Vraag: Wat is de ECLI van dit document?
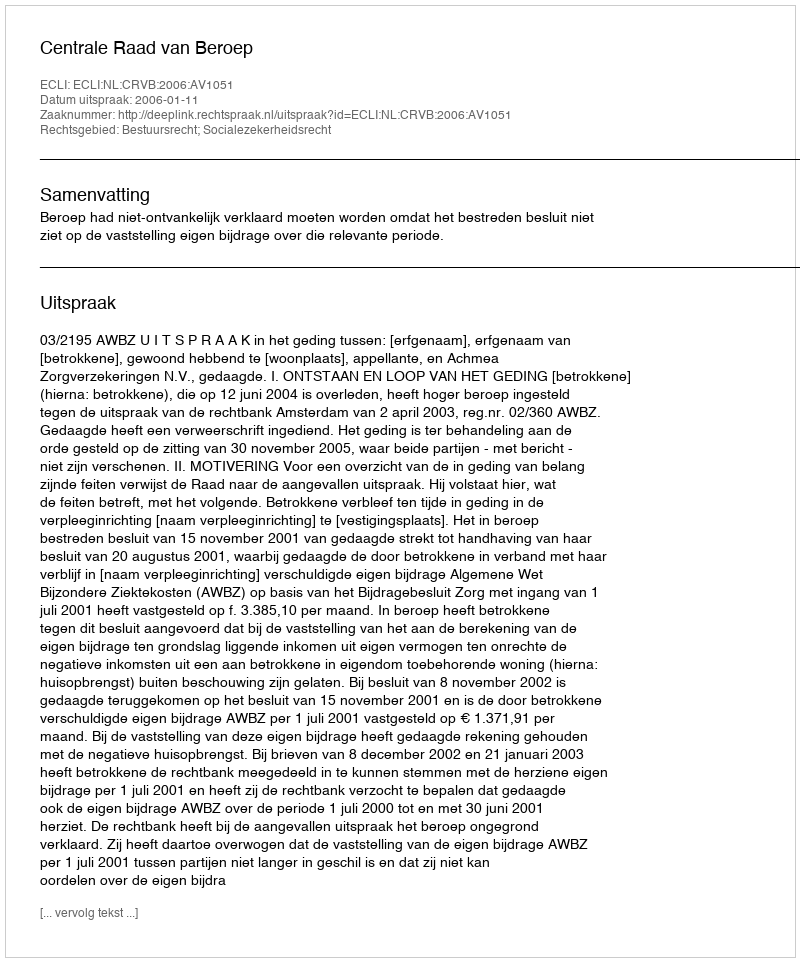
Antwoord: ECLI:NL:CRVB:2006:AV1051